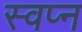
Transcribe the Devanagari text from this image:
स्वप्‍न